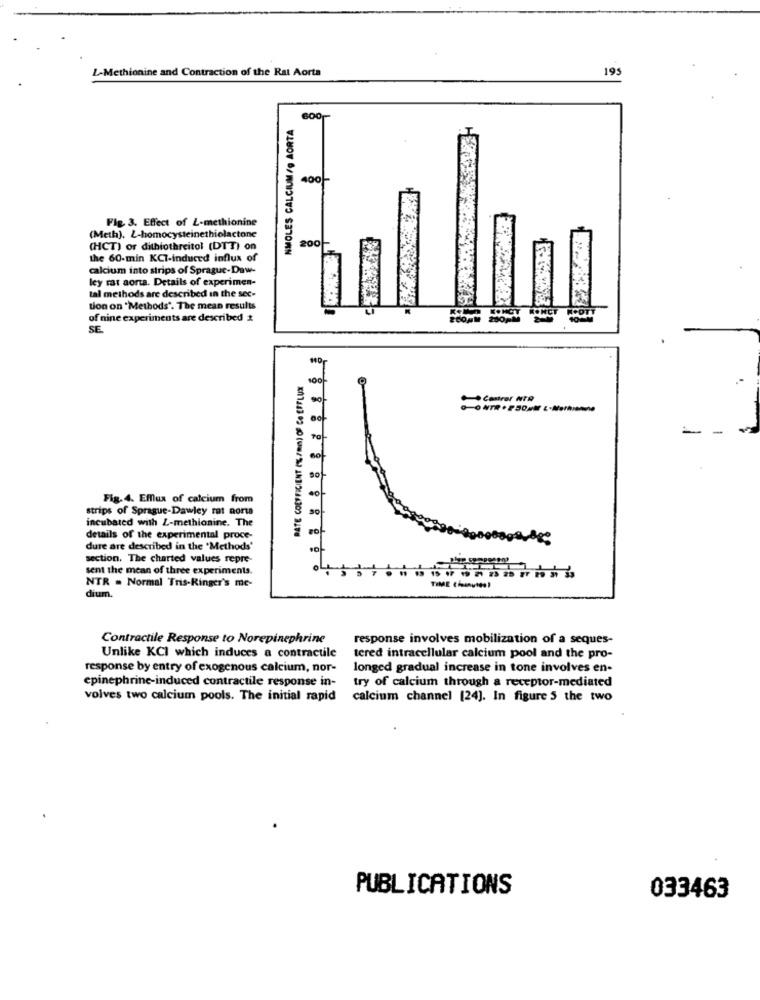
L-Methionine and Contraction of the Rat Aorta
195
NMOLES CALCIUM/9 AORTA
600
400
Fig. 3. Effect of L-methionine
(Meth), L-homocysteinethiolactone
200
(HCT) or dithiothreitol (DTT) on
the 60-min KCI-induced influx of
calcium into strips of Sprague-Daw-
ley rat aorta. Details of experimen-
tal methods are described in the sec-
tion on "Methods". The mean results
of nine experiments are described &
SE
RATE COEFFICIENT ( /MIN) OF CO EFFLUX
Centrer NTA
Fig. 4. EMflux of calcium from
strips of Sprague-Dawley rat aorta
incubated with L-methionine. The
details of the experimental proce-
dure are described in the "Methods'
section. The charted values repre-
sent the mean of three experiments.
NTR . Normal Tris-Ringer's me-
dium.
Contractile Response to Norepinephrine
response involves mobilization of a seques-
Unlike KCI which induces a contractile
tered intracellular calcium pool and the pro-
response by entry of exogenous calcium, nor-
longed gradual increase in tone involves en-
epinephrine-induced contractile response in-
try of calcium through a receptor-mediated
volves two calcium pools. The initial rapid
calcium channel [24]. In figure 5 the two
PUBLICATIONS
033463